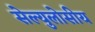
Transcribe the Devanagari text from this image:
सेल्युलोसीय